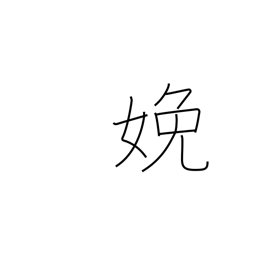
Meaning: bear (children)